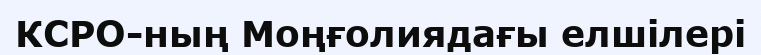
КСРО-ның Моңғолиядағы елшілері